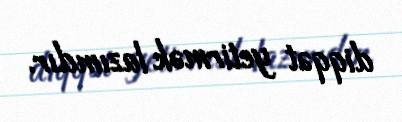
diqqət yetirmək lazımdır.